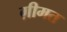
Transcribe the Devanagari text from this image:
ग़ीमत